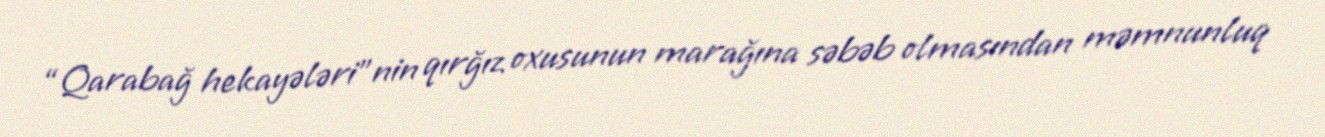
“Qarabağ hekayələri”nin qırğız oxusunun marağına səbəb olmasından məmnunluq